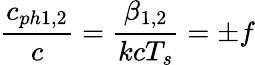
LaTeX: \frac{c_{ph1,2}}{c}=\frac{\beta_{1,2}}{kcT_{s}}=\pm f